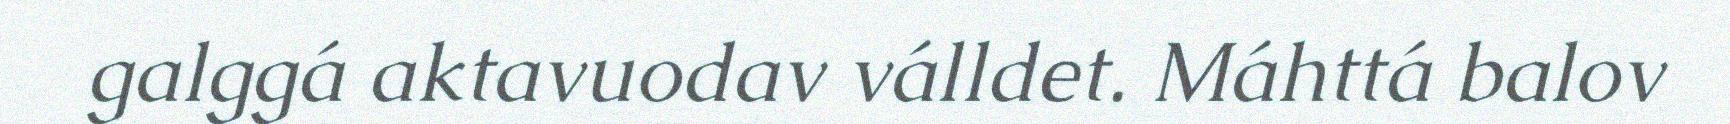
galggá aktavuodav válldet. Máhttá balov